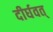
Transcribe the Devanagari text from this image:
दीर्घवत्‌